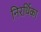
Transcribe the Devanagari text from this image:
निरर्थिका